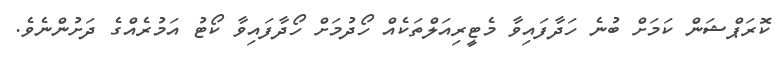
ކޮރަޕްޝަން ކަމަށް ބުނެ ހަދާފައިވާ މެޓީރިއަލްތަކެއް ހޯދުމަށް ހޯދާފައިވާ ކޯޓު އަމުރެއްގެ ދަށުންނެވެ.